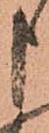
申